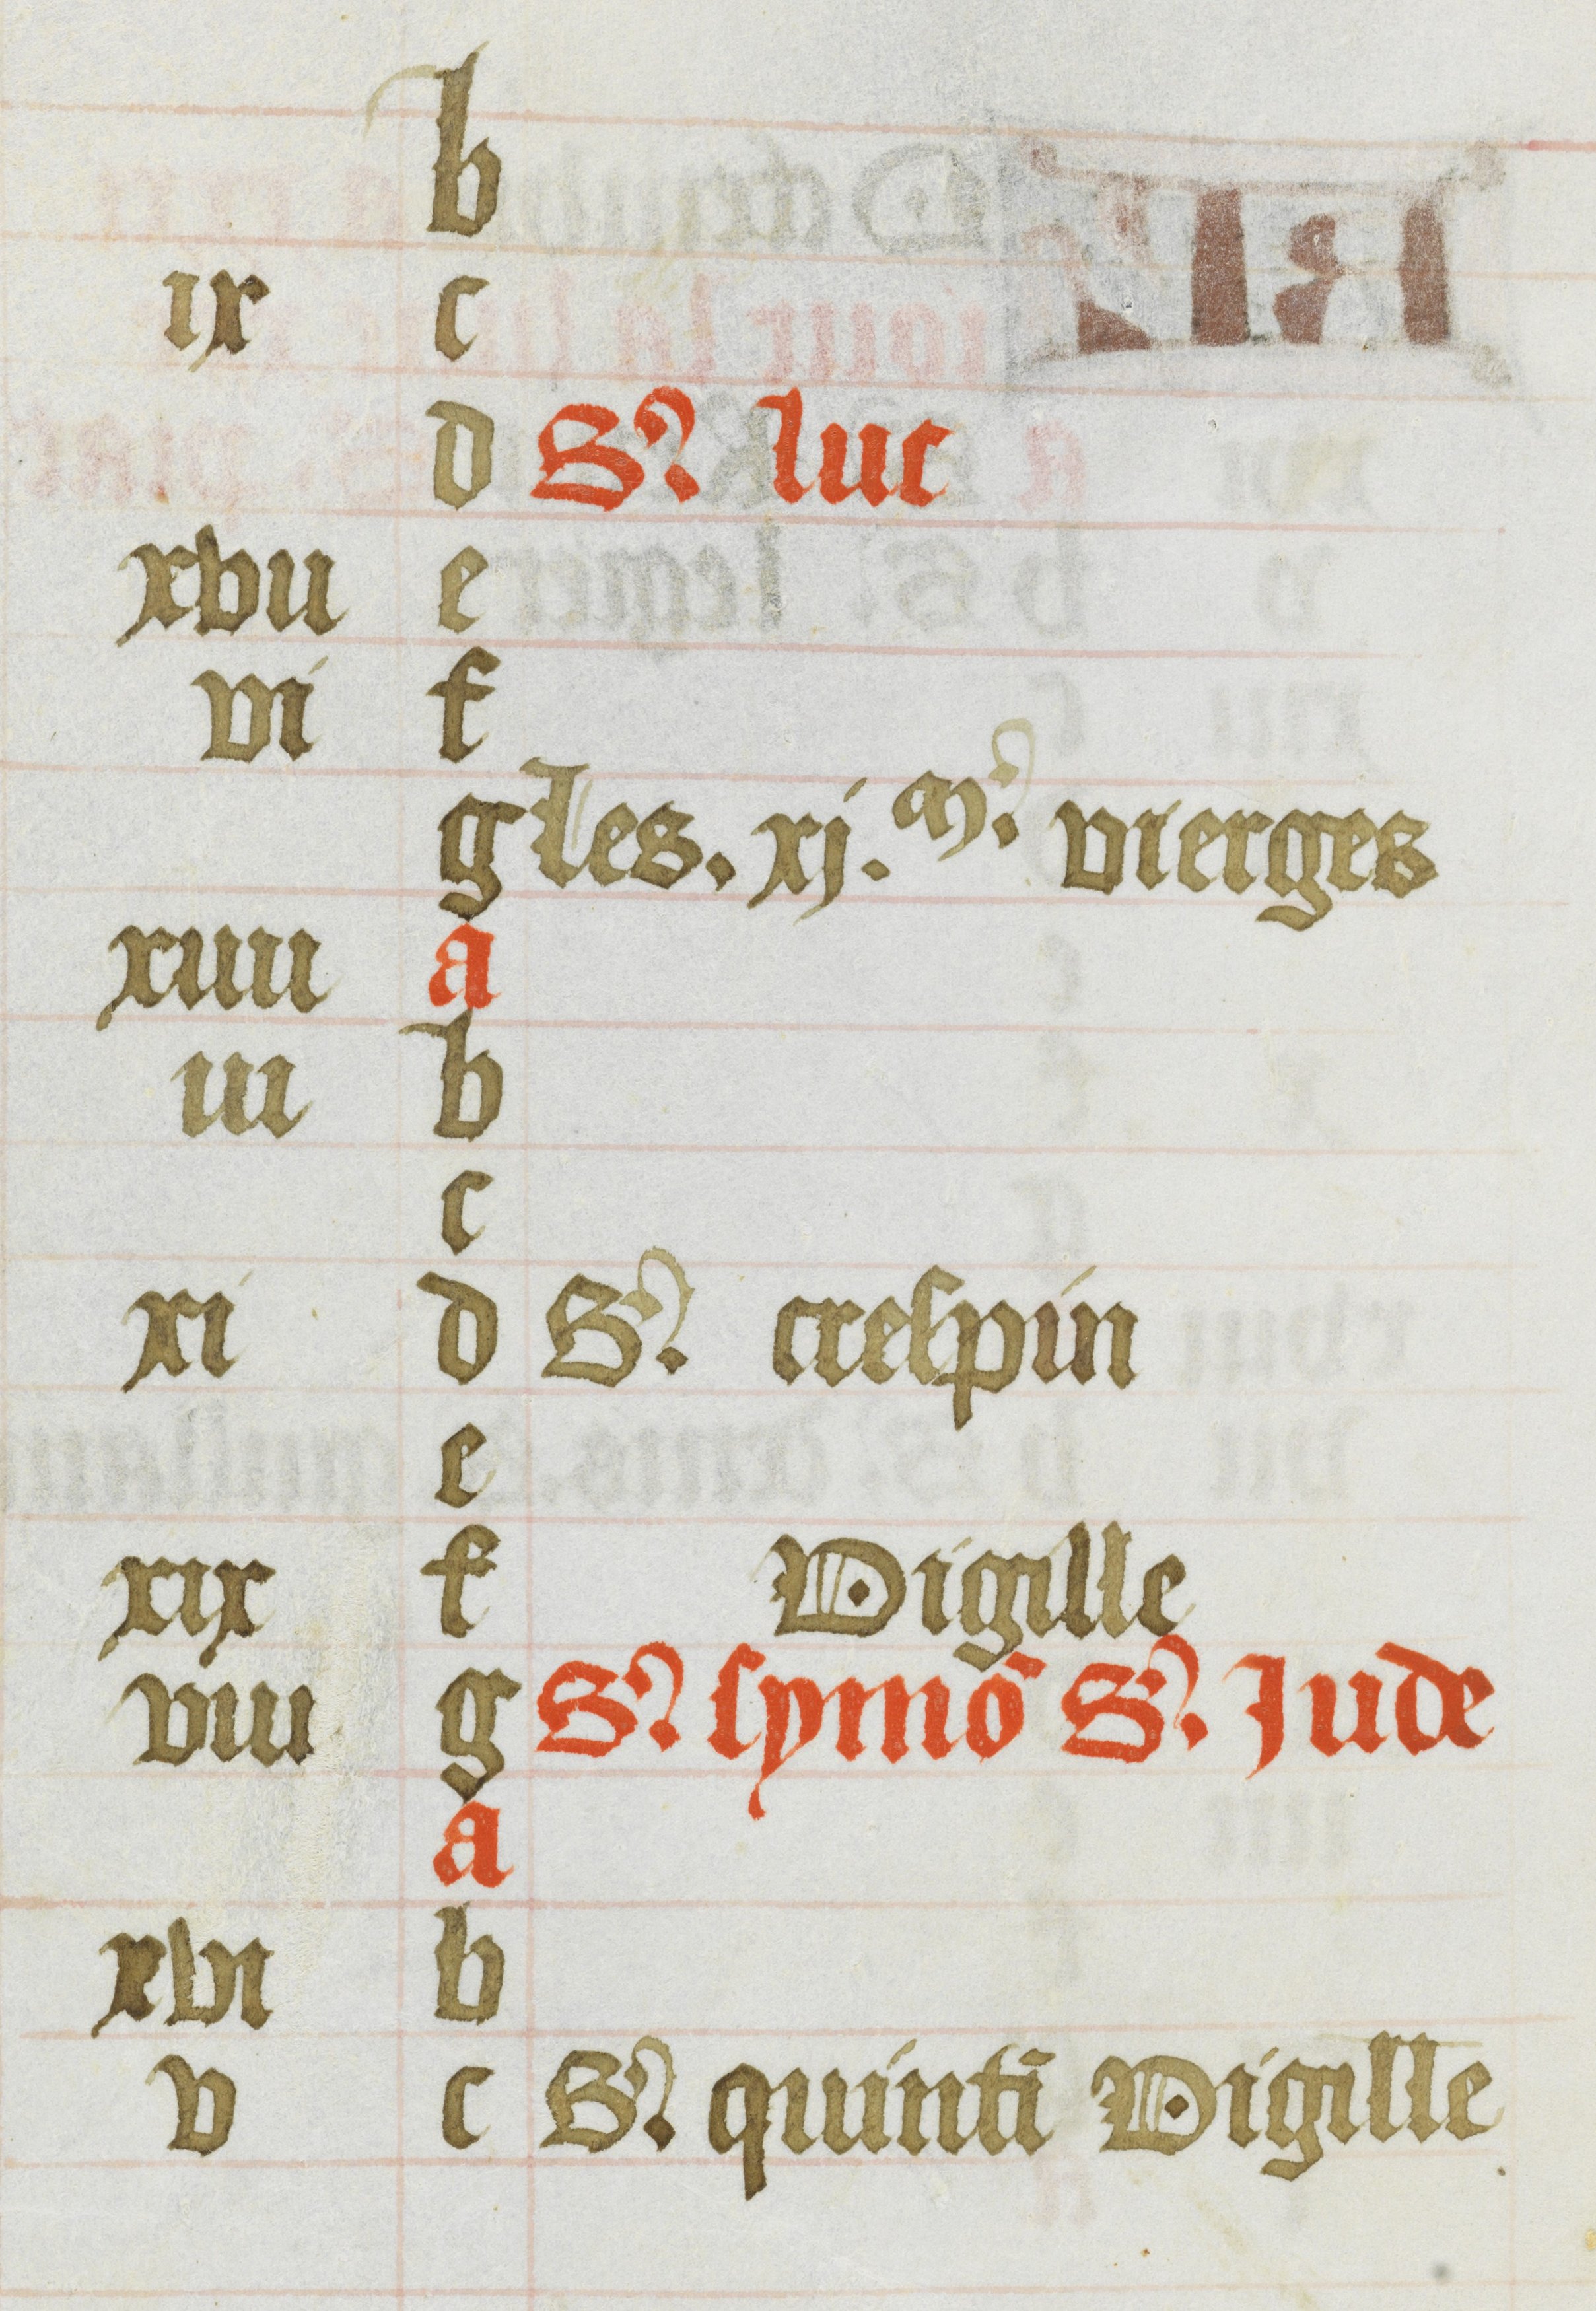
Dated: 1485–1515